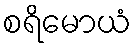
စရိမောယံ